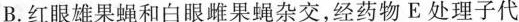
B.红眼雄果蝇和白眼雌果蝇杂交，经药物E处理子代